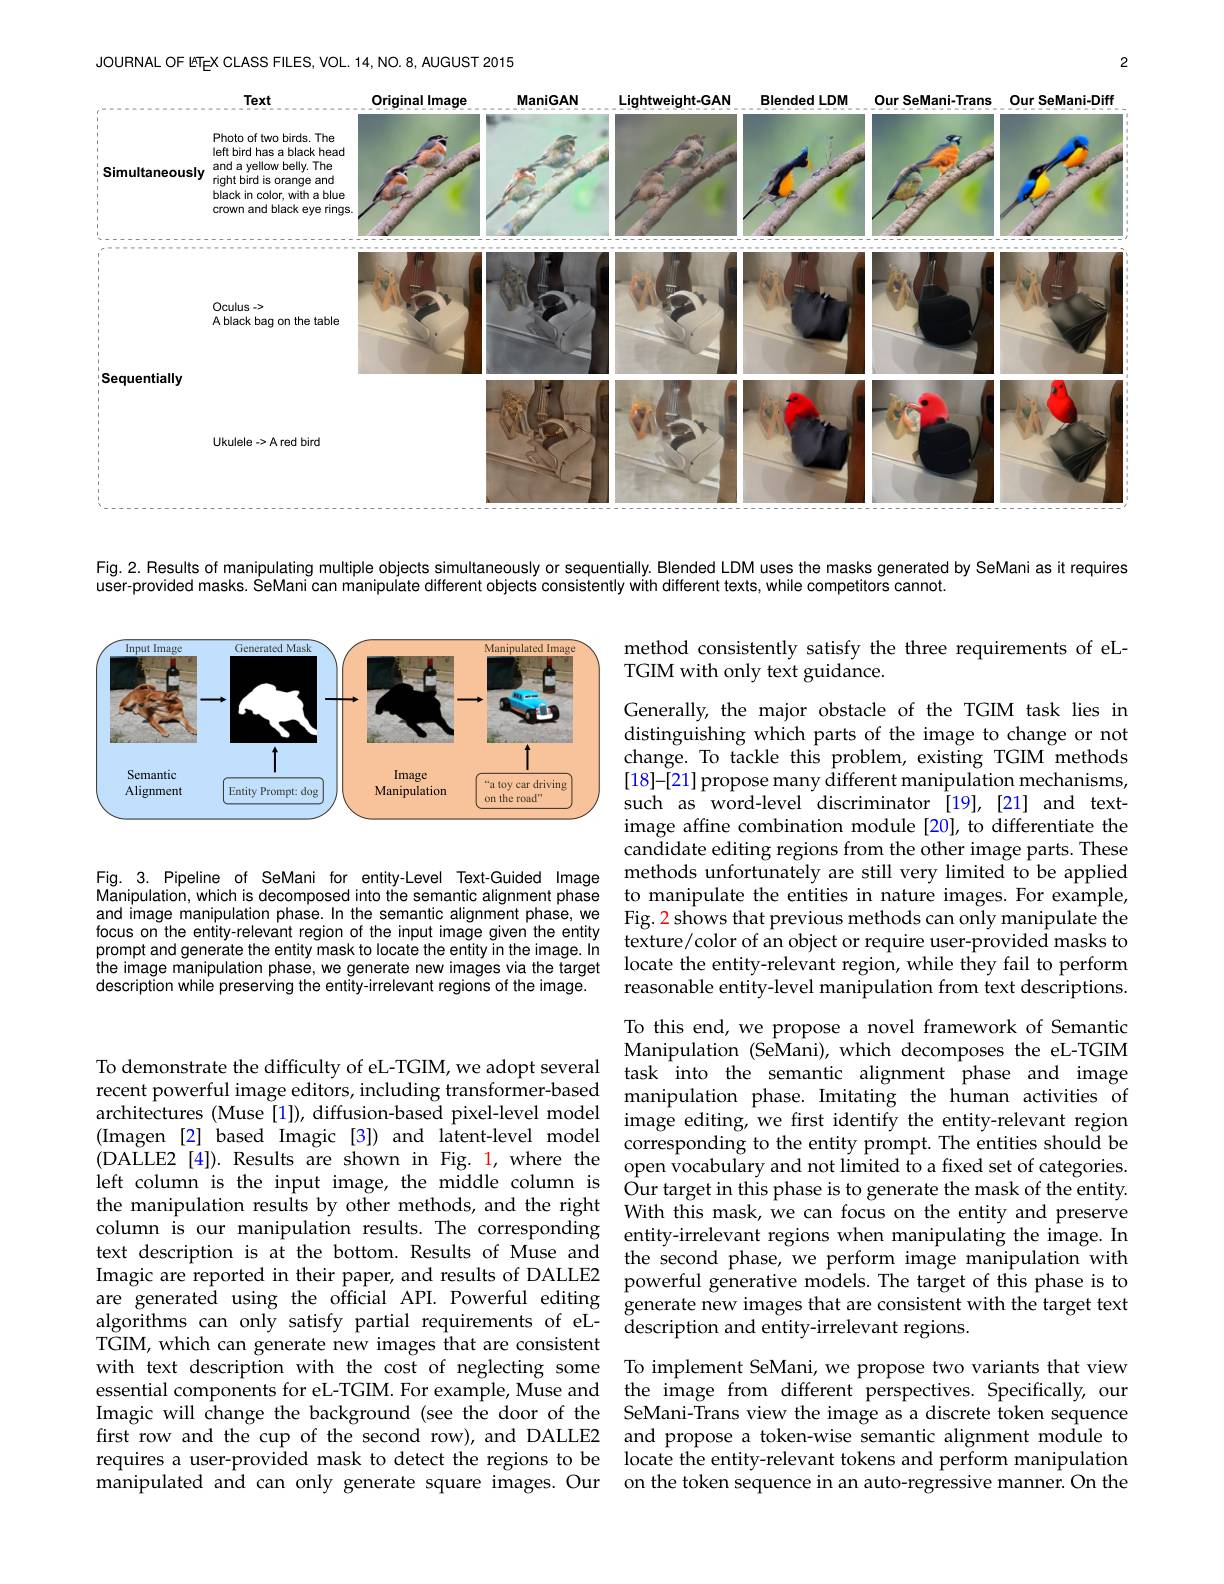
<FigureHere>

Fig. 2. Results of manipulating multiple objects simultaneously or sequentially. Blended LDM uses the masks generated by SeMani as it requires

user-provided masks. SeMani can manipulate different objects consistently with different texts, while competitors cannot.

method consistently satisfy the three requirements of eL-
TGIM with only text guidance.

<FigureHere>

Fig. 3. Pipeline of SeMani for entity-Level Text-Guided Image methods unfortunately are still very limited to be applied
Manipulation, which is decomposed into the semantic alignment phase and image manipulation phase.In the semantic alignment phase, we focus on the entity-relevant region of the input image given the entity pronpt and generate the entity mask to locate the entity in the image. In texture/color of an object or require user-provided masks to pronpt and generate the entity mask to locate the entity in the image. In locato tho atitw rolovat rocion whilo thov the image manipulation phase, we generate new images via the target locate the entity-relevant region, while they fail to perform description while preserving the entity-irrelevant regions of the image.

Generally, the major obstacle of the TGIM task lies in distinguishing which parts of the image to change or not change. To tackle this problem, existing TGIM methods [18]-[21] propose many different manipulation mechanisms, such as word-level discriminator [19],[21] and textimage affine combination module [20], to differentiate the candidate editing regions from the other image parts. These to manipulate the entities in nature images. For example, Fig. 2 shows that previous methods can only manipulate the reasonable entity-level manipulation from text descriptions. To this end, we propose a novel framework of Semantic Manipulation (SeMani), which decomposes the eL-TGIM
To demonstrate the difficulty of eL-TGIM, we adopt several task into the semantic alignment phase and image recent powerful image editors, including transformer-based manipulation phase. Imitating the human activities of architectures (Muse [1]), diffusion-based pixel-level model image editing, we first identify the entity-relevant region(Imagen [2] based Imagic [3]) and latent-level model corresponding to the entity prompt. The entities should be (DALLE2[4]). Results are shown in Fig. 1, where the open vocabulary and not limited to a fixed set of categories left column is the input image, the middle column is Our target in this phase is to generate the mask of the entity. the manipulation results by other methods, and t
the second phase, we perform image manipulation with
Imagic are reported in their paper, and results of DALLE2 powerful generative models. The target of this phase is to are generated using the official API. Powerful editing generate new images that are consistent with the target text
description and entity-irrelevant regions.
To implement SeMani, we propose two variants that view
essential components for eL-TGIM. For example, Muse and the image from different perspectives. Specifically, our Imagic will change the background (see the door of the SeMani-Trans view the image as a discrete token sequence first row and the cup of the second row), and DALLE2 and propose a token-wise semantic alignment module to requires a user-provided mask to detect the regions to be locate the entity-relevant tokens and perform manipulation

text description is at the bottom. Results of Muse and algorithms can only satisfy partial requirements of eLTGIM, which can generate new images that are consistent with text description with the cost of neglecting some manipulated and can only generate square images. Our

on the token sequence in an auto-regressive manner. On the